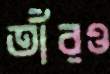
তাঁরও